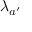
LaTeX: \lambda _ { a ^ { \prime } } { \frac { } { } }